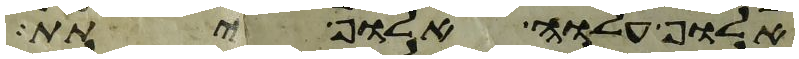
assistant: אלוף עלוה אלוף יתת